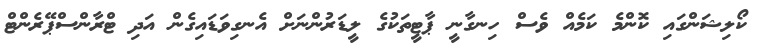
ކޯލިޝަންގައި ކޮންމެ ކަމެއް ވެސް ހިނގާނީ ޕާޓީތަކުގެ ލީޑަރުންނަށް އެނގިވަޑައިގެން އަދި ޓްރާންސްޕޭރެންޓް